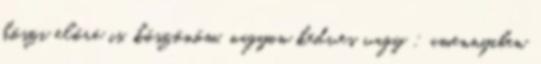
köszi előre is. köszönöm, nagyon kedves vagy : amennyiben